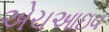
એચઆઇવ